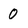
Character: 0